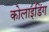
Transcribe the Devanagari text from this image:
कोलाइडिंग